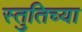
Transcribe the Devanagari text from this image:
स्तुतिच्या